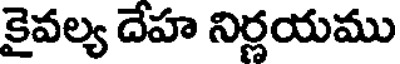
కైవల్య దేహ నిర్ణయము